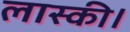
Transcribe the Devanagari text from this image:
लास्की।